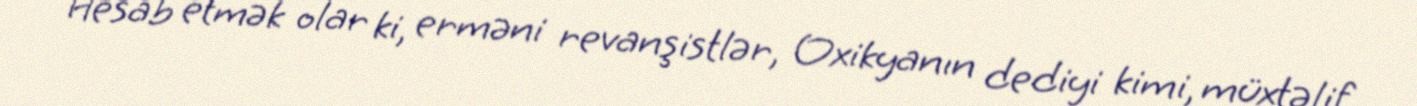
Hesab etmək olar ki, erməni revanşistlər, Oxikyanın dediyi kimi, müxtəlif